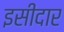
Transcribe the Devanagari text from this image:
इसीदार